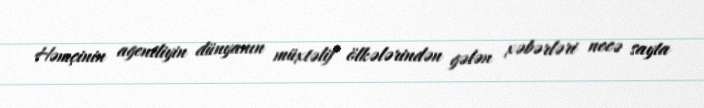
Həmçinin agentliyin dünyanın müxtəlif ölkələrindən gələn xəbərləri necə sayta